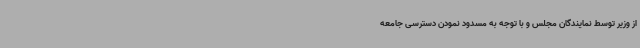
از وزیر توسط نمایندگان مجلس و با توجه به مسدود نمودن دسترسی جامعه